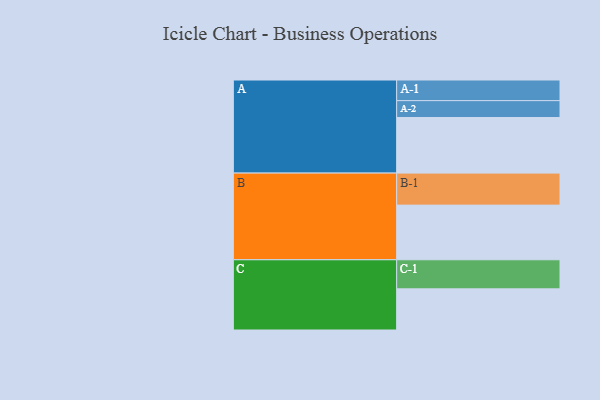
{"axis": {"x": "Segment", "y": "Value"}, "legend": ["", "A", "B", "C"], "data": [{"x": "A", "y": 474, "type": ""}, {"x": "B", "y": 466, "type": ""}, {"x": "C", "y": 351, "type": ""}, {"x": "A-1", "y": 176, "type": "A"}, {"x": "A-2", "y": 144, "type": "A"}, {"x": "B-1", "y": 273, "type": "B"}, {"x": "C-1", "y": 248, "type": "C"}]}